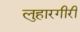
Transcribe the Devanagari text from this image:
लुहारगीरी